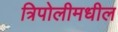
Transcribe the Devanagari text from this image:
त्रिपोलीमधील